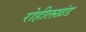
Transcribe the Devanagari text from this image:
रोहीलखंड